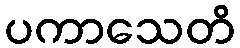
ပကာသေတိ